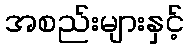
အစည်းများနှင့်